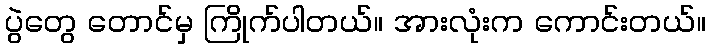
ပွဲတွေ တောင်မှ ကြိုက်ပါတယ်။ အားလုံးက ကောင်းတယ်။